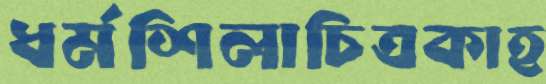
ধর্মশিলাচিত্রকাহ